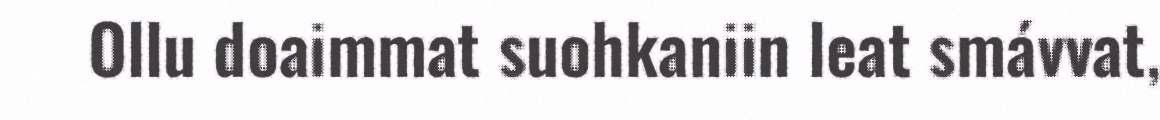
Ollu doaimmat suohkaniin leat smávvat,